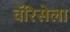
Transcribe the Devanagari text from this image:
वॅरिसेला